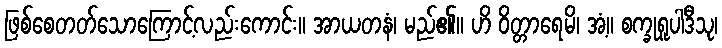
ဖြစ်စေတတ်သောကြောင့်လည်းကောင်း။ အာယတနံ၊ မည်၏။ ဟိ ဝိတ္တာရေမိ၊ အံ့။ စက္ခုရူပါဒီသု၊